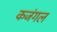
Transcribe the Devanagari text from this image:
कजंगल